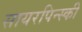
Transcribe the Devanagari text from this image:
सायरपिन्स्की